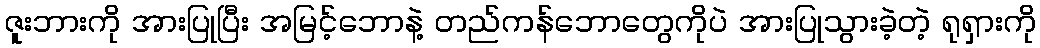
ဇူးဘားကို အားပြုပြီး အမြင့်ဘောနဲ့ တည်ကန်ဘောတွေကိုပဲ အားပြုသွားခဲ့တဲ့ ရုရှားကို